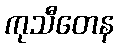
ကုသီတေန